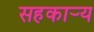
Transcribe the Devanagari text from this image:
सहकार्‍य